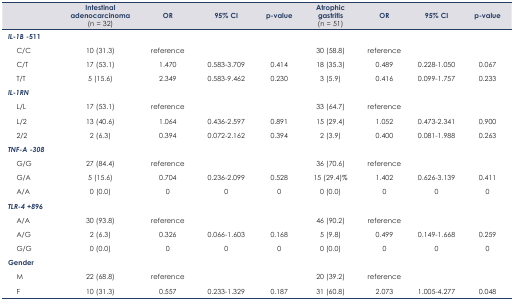
<table><thead><tr><td></td><td><b>Intestinal adenocarcinoma(n = 32)</b></td><td><b>OR</b></td><td><b>95% CI</b></td><td><b>p-value</b></td><td><b>Atrophic gastritis(n = 51)</b></td><td><b>OR</b></td><td><b>95% CI</b></td><td><b>p-value</b></td></tr></thead><tbody><tr><td><b><i>IL-1B</i> −511</b></td><td></td><td></td><td></td><td></td><td></td><td></td><td></td><td></td></tr><tr><td>C/C</td><td>10 (31.3)</td><td>reference</td><td></td><td></td><td>30 (58.8)</td><td>reference</td><td></td><td></td></tr><tr><td>C/T</td><td>17 (53.1)</td><td>1.470</td><td>0.583–3.709</td><td>0.414</td><td>18 (35.3)</td><td>0.489</td><td>0.228–1.050</td><td>0.067</td></tr><tr><td>T/T</td><td>5 (15.6)</td><td>2.349</td><td>0.583–9.462</td><td>0.230</td><td>3 (5.9)</td><td>0.416</td><td>0.099–1.757</td><td>0.233</td></tr><tr><td><b><i>IL-1RN</i></b></td><td></td><td></td><td></td><td></td><td></td><td></td><td></td><td></td></tr><tr><td>L/L</td><td>17 (53.1)</td><td>reference</td><td></td><td></td><td>33 (64.7)</td><td>reference</td><td></td><td></td></tr><tr><td>L/2</td><td>13 (40.6)</td><td>1.064</td><td>0.436–2.597</td><td>0.891</td><td>15 (29.4)</td><td>1.052</td><td>0.473–2.341</td><td>0.900</td></tr><tr><td>2/2</td><td>2 (6.3)</td><td>0.394</td><td>0.072–2.162</td><td>0.394</td><td>2 (3.9)</td><td>0.400</td><td>0.081–1.988</td><td>0.263</td></tr><tr><td><b><i>TNF-A −308</i></b></td><td></td><td></td><td></td><td></td><td></td><td></td><td></td><td></td></tr><tr><td>G/G</td><td>27 (84.4)</td><td>reference</td><td></td><td></td><td>36 (70.6)</td><td>reference</td><td></td><td></td></tr><tr><td>G/A</td><td>5 (15.6)</td><td>0.704</td><td>0.236–2.099</td><td>0.528</td><td>15 (29.4)%</td><td>1.402</td><td>0.626–3.139</td><td>0.411</td></tr><tr><td>A/A</td><td>0 (0.0)</td><td>0</td><td>0</td><td>0</td><td>0 (0.0)</td><td>0</td><td>0</td><td>0</td></tr><tr><td><b><i>TLR-4 +896</i></b></td><td></td><td></td><td></td><td></td><td></td><td></td><td></td><td></td></tr><tr><td>A/A</td><td>30 (93.8)</td><td>reference</td><td></td><td></td><td>46 (90.2)</td><td>reference</td><td></td><td></td></tr><tr><td>A/G</td><td>2 (6.3)</td><td>0.326</td><td>0.066–1.603</td><td>0.168</td><td>5 (9.8)</td><td>0.499</td><td>0.149–1.668</td><td>0.259</td></tr><tr><td>G/G</td><td>0 (0.0)</td><td>0</td><td>0</td><td>0</td><td>0 (0.0)</td><td>0</td><td>0</td><td>0</td></tr><tr><td><b>Gender</b></td><td></td><td></td><td></td><td></td><td></td><td></td><td></td><td></td></tr><tr><td>M</td><td>22 (68.8)</td><td>reference</td><td></td><td></td><td>20 (39.2)</td><td>reference</td><td></td><td></td></tr><tr><td>F</td><td>10 (31.3)</td><td>0.557</td><td>0.233–1.329</td><td>0.187</td><td>31 (60.8)</td><td>2.073</td><td>1.005–4.277</td><td>0.048</td></tr></tbody></table>